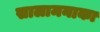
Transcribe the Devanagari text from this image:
सालामनाका